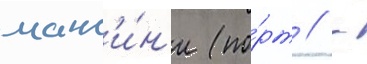
манс'и́н'и (по́рт // -